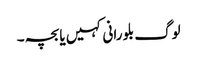
لوگ بلو رانی کہیں یا بچہ ۔